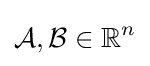
{\mathcal {A,B}}\in \mathbb {R} ^{n}